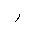
Letter: _ra